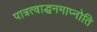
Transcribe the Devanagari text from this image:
पात्रत्वाद्धनमाप्नोति